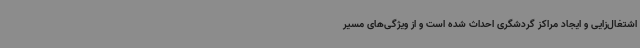
اشتغال‌زایی و ایجاد مراکز گردشگری احداث شده است و از ویژگی‌های مسیر